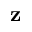
\mathbf { z }